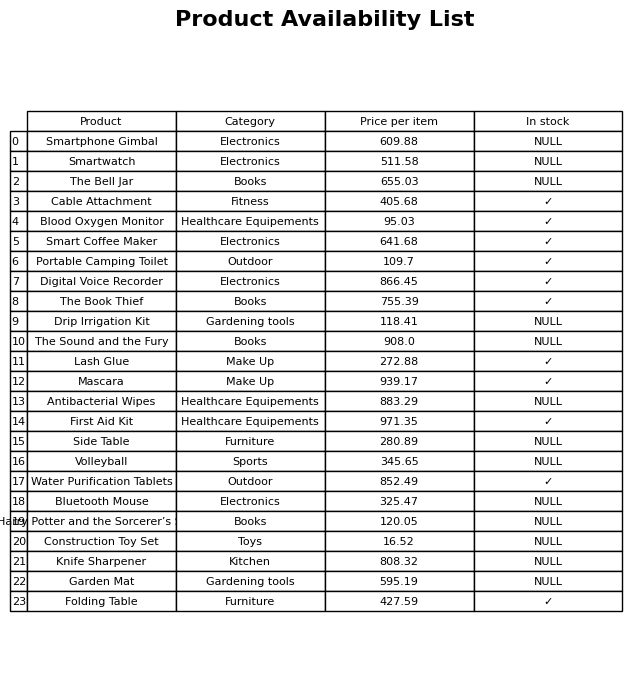
question: What is the price for The Book Thief?
answer: The price of The Book Thief is 755.39.